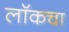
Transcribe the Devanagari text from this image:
लॉकचा